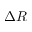
\Delta R